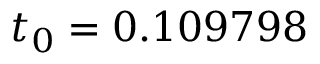
t _ { 0 } = 0 . 1 0 9 7 9 8